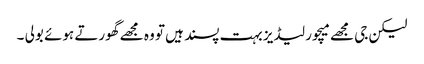
لیکن جی مجھے میچور لیڈیز بہت پسند ہیں تو وہ مجھے گھورتے ہوئے بولی ۔